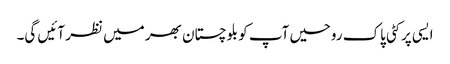
ایسی پر کٹی پاک روحیں آپ کو بلوچستان بھر میں نظر آئیں گی۔